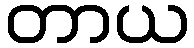
တာယ